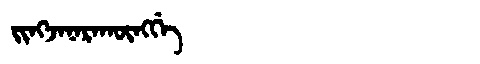
Manchu: ᠵᡳᠩᠵᠠᠨᠠᡵᠠᡴᡡᠩᡤᡝ
Romanization: JINGJANARAKŪNGGE